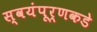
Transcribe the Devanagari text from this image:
स्वयंपूर्णकडे